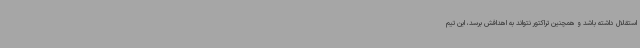
استقلال داشته باشد و همچنین تراکتور نتواند به اهدافش برسد، این تیم